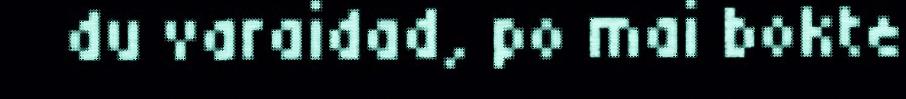
du varaidad, po mai bokte